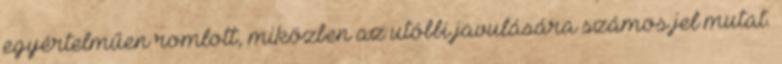
egyértelműen romlott, miközben az utóbbi javulására számos jel mutat.